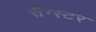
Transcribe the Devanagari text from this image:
सैग्स्टर